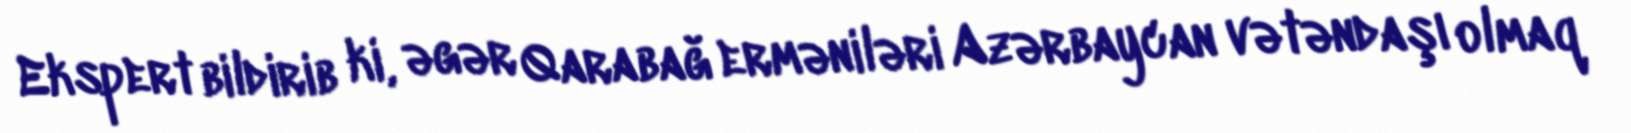
Ekspert bildirib ki, əgər Qarabağ erməniləri Azərbaycan vətəndaşı olmaq